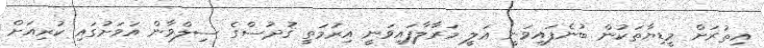
އިތުރަށް މީޑިޔާތަކުން ބުނެފައިވަނީ ޢަލީ މަރާލާފައިވަނީ އިރުމަތީ ޤުދުސްގެ ސިލްވާން އަވަށުގައި ކުރިއަށް